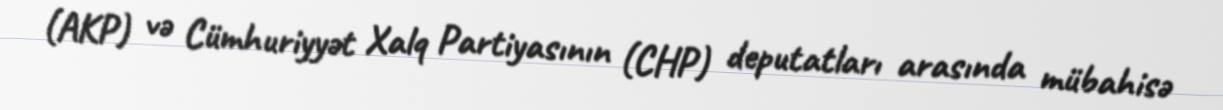
(AKP) və Cümhuriyyət Xalq Partiyasının (CHP) deputatları arasında mübahisə